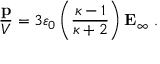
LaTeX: { \frac { \mathbf { p } } { V } } = 3 \varepsilon _ { 0 } \left( { \frac { \kappa - 1 } { \kappa + 2 } } \right) \mathbf { E } _ { \infty } \ .